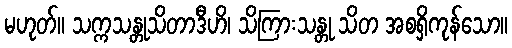
မဟုတ်။ သက္ကသန္တုသိတာဒီဟိ၊ သိကြားသန္တု သိတ အစရှိကုန်သော။